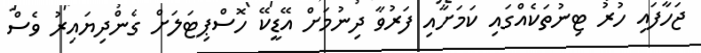
ޖަހާފައި ހުރު ޓިނުތަކެއްގައި ކަމަށާއި ފަރުވާ ދިނުމަށް އޭޑީކޭ ހޮސްޕިޓަލަށް ގެންދިޔައިރު ވެސް